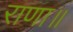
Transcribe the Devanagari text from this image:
राणा॥